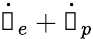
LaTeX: \dot{\boldsymbol{\upgamma}}_{e}+\dot{\boldsymbol{\upgamma}}_{p}